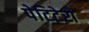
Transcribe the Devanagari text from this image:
पेटिटेरो